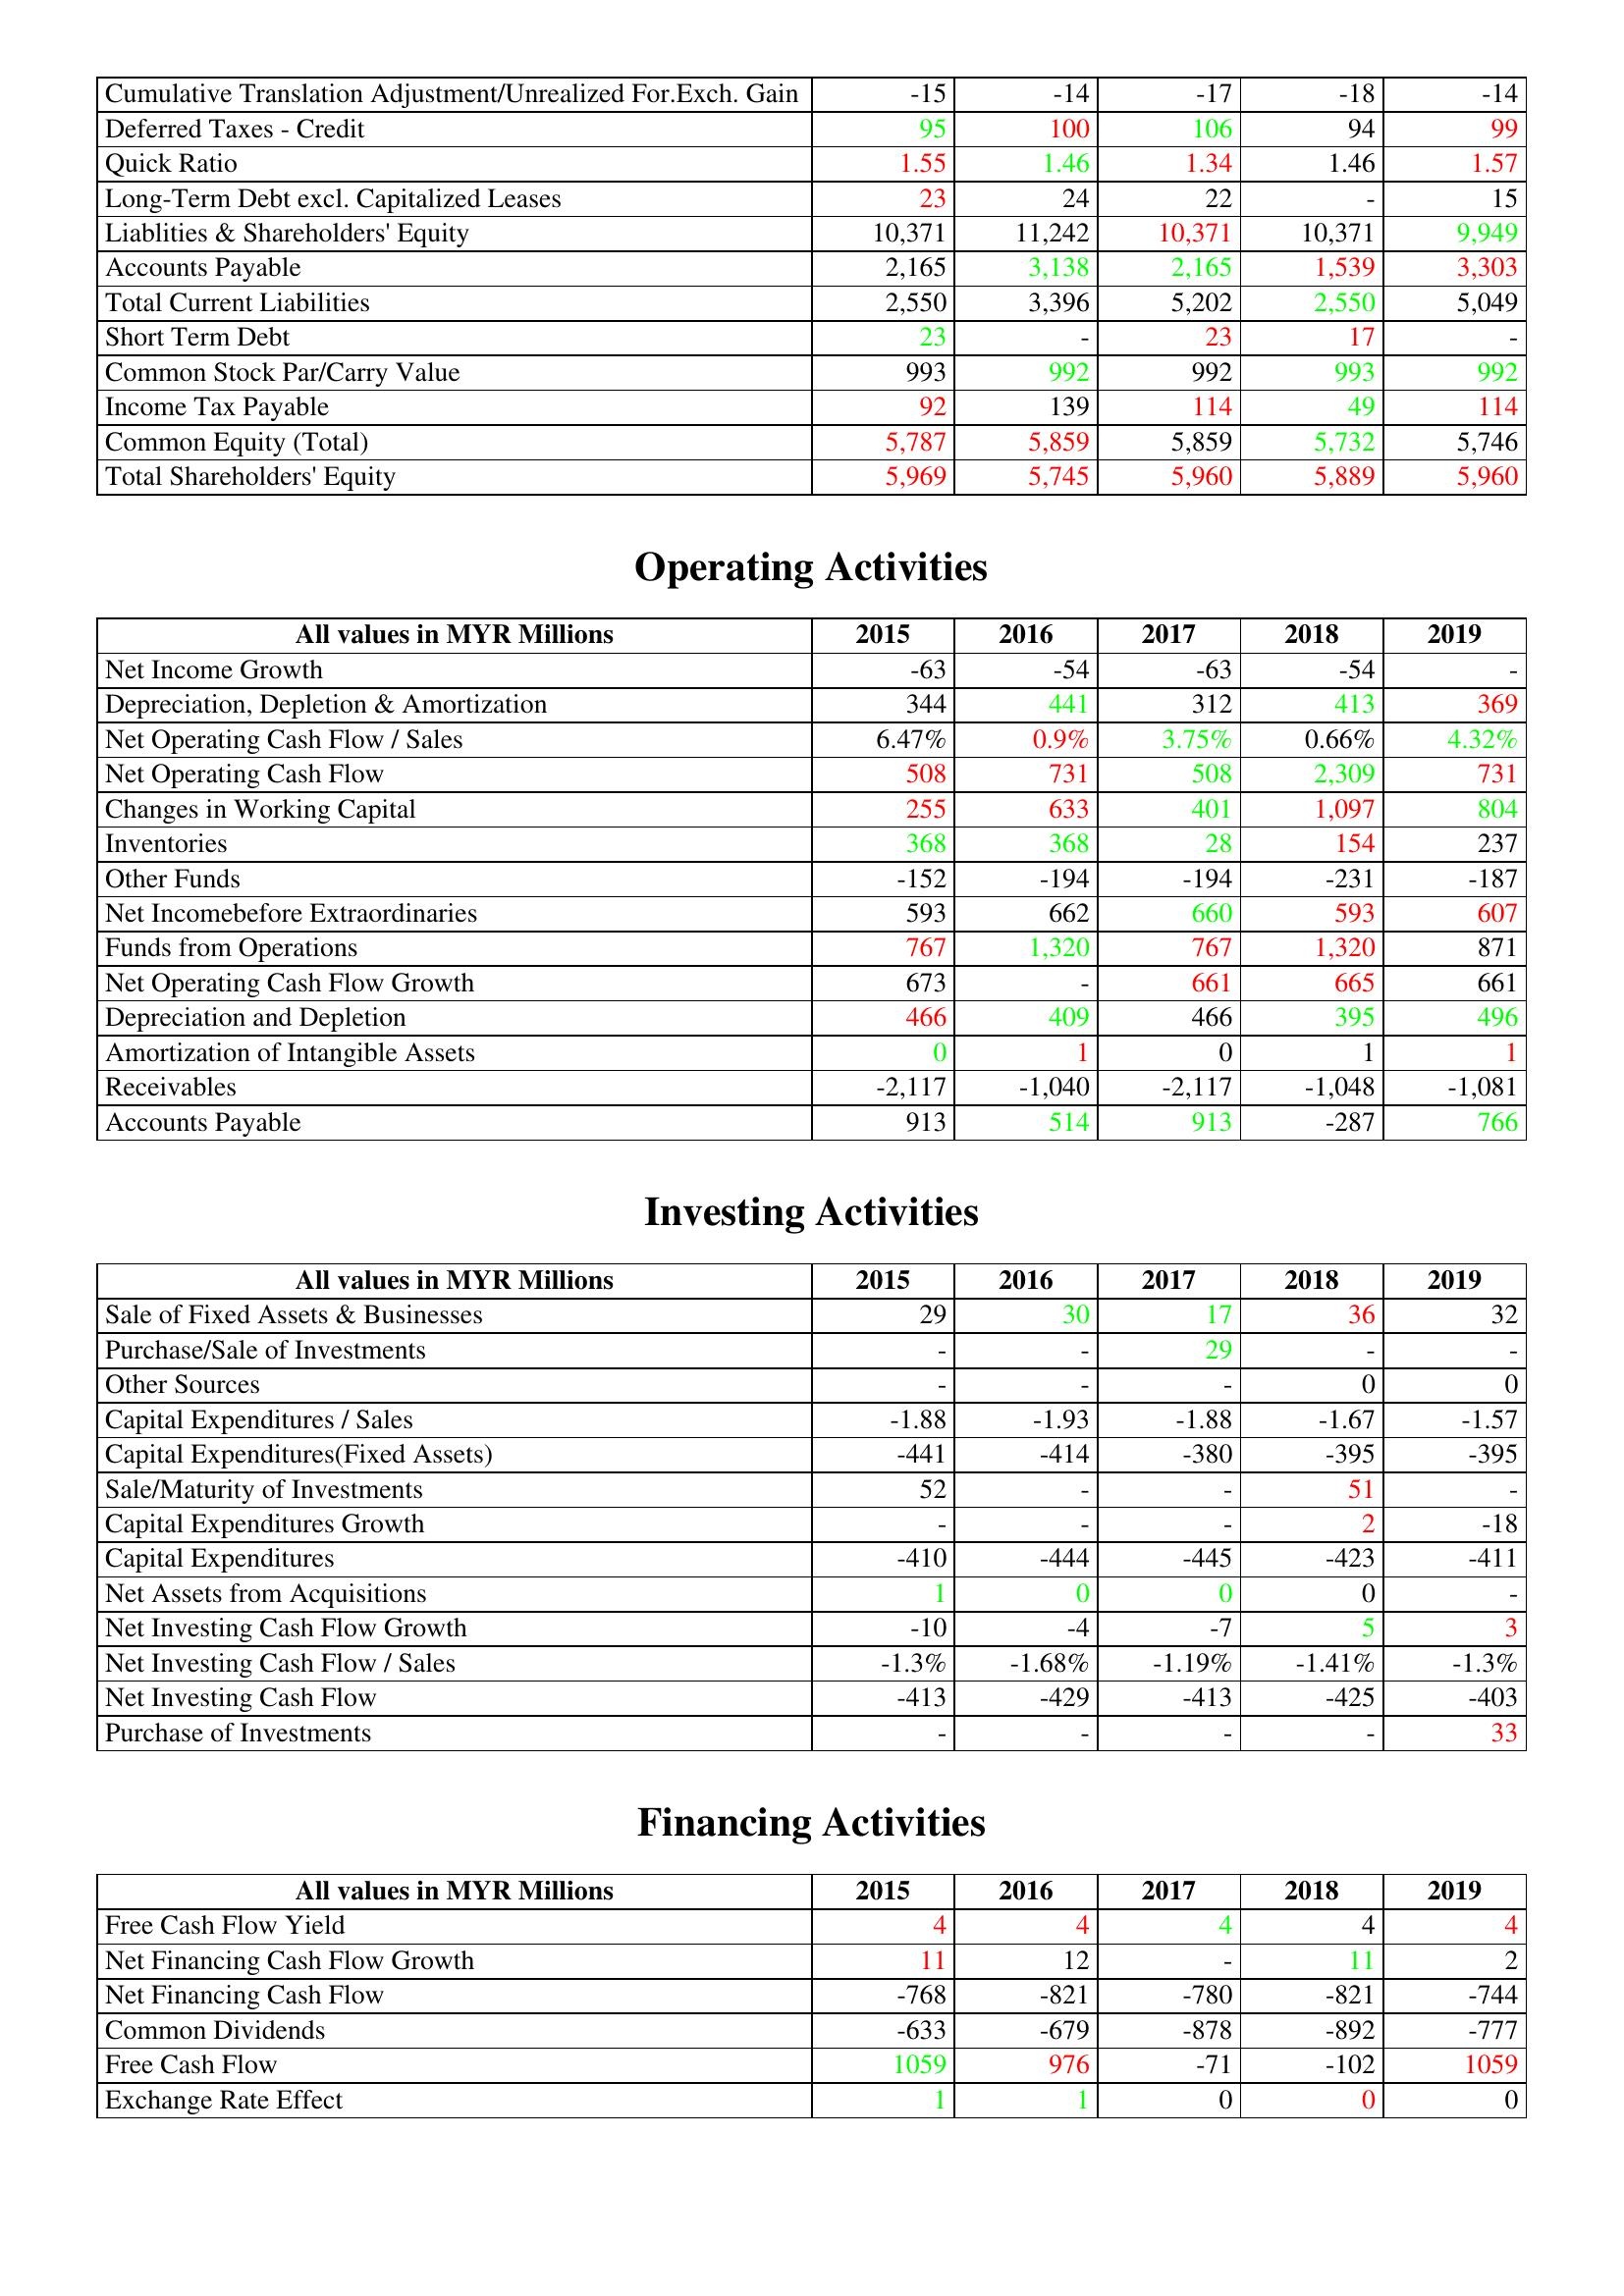
gt_parse: 2015: Liabilities & Shareholder's Equity: Cumulative Translation Adjustment/Unrealized For.Exch. Gain: -15
Deferred Taxes - Credit: 95
Quick Ratio: 1.55
Long-Term Debt excl. Capitalized Leases: 23
Liablities & Shareholders' Equity: 10,371
Accounts Payable: 2,165
Total Current Liabilities: 2,550
Short Term Debt: 23
Common Stock Par/Carry Value: 993
Income Tax Payable: 92
Common Equity (Total): 5,787
Total Shareholders' Equity: 5,969
Operating Activities: Net Income Growth: -63
Depreciation, Depletion & Amortization: 344
Net Operating Cash Flow / Sales: 6.47%
Net Operating Cash Flow: 508
Changes in Working Capital: 255
Inventories: 368
Other Funds: -152
Net Incomebefore Extraordinaries: 593
Funds from Operations: 767
Net Operating Cash Flow Growth: 673
Depreciation and Depletion: 466
Amortization of Intangible Assets: 0
Receivables: -2,117
Accounts Payable: 913
Investing Activities: Sale of Fixed Assets & Businesses: 29
Purchase/Sale of Investments: -
Other Sources: -
Capital Expenditures / Sales: -1.88
Capital Expenditures(Fixed Assets): -441
Sale/Maturity of Investments: 52
Capital Expenditures Growth: -
Capital Expenditures: -410
Net Assets from Acquisitions: 1
Net Investing Cash Flow Growth: -10
Net Investing Cash Flow / Sales: -1.3%
Net Investing Cash Flow: -413
Purchase of Investments: -
Financing Activities: Free Cash Flow Yield: 4
Net Financing Cash Flow Growth: 11
Net Financing Cash Flow: -768
Common Dividends: -633
Free Cash Flow: 1059
Exchange Rate Effect: 1
2016: Liabilities & Shareholder's Equity: Cumulative Translation Adjustment/Unrealized For.Exch. Gain: -14
Deferred Taxes - Credit: 100
Quick Ratio: 1.46
Long-Term Debt excl. Capitalized Leases: 24
Liablities & Shareholders' Equity: 11,242
Accounts Payable: 3,138
Total Current Liabilities: 3,396
Short Term Debt: -
Common Stock Par/Carry Value: 992
Income Tax Payable: 139
Common Equity (Total): 5,859
Total Shareholders' Equity: 5,745
Operating Activities: Net Income Growth: -54
Depreciation, Depletion & Amortization: 441
Net Operating Cash Flow / Sales: 0.9%
Net Operating Cash Flow: 731
Changes in Working Capital: 633
Inventories: 368
Other Funds: -194
Net Incomebefore Extraordinaries: 662
Funds from Operations: 1,320
Net Operating Cash Flow Growth: -
Depreciation and Depletion: 409
Amortization of Intangible Assets: 1
Receivables: -1,040
Accounts Payable: 514
Investing Activities: Sale of Fixed Assets & Businesses: 30
Purchase/Sale of Investments: -
Other Sources: -
Capital Expenditures / Sales: -1.93
Capital Expenditures(Fixed Assets): -414
Sale/Maturity of Investments: -
Capital Expenditures Growth: -
Capital Expenditures: -444
Net Assets from Acquisitions: 0
Net Investing Cash Flow Growth: -4
Net Investing Cash Flow / Sales: -1.68%
Net Investing Cash Flow: -429
Purchase of Investments: -
Financing Activities: Free Cash Flow Yield: 4
Net Financing Cash Flow Growth: 12
Net Financing Cash Flow: -821
Common Dividends: -679
Free Cash Flow: 976
Exchange Rate Effect: 1
2017: Liabilities & Shareholder's Equity: Cumulative Translation Adjustment/Unrealized For.Exch. Gain: -17
Deferred Taxes - Credit: 106
Quick Ratio: 1.34
Long-Term Debt excl. Capitalized Leases: 22
Liablities & Shareholders' Equity: 10,371
Accounts Payable: 2,165
Total Current Liabilities: 5,202
Short Term Debt: 23
Common Stock Par/Carry Value: 992
Income Tax Payable: 114
Common Equity (Total): 5,859
Total Shareholders' Equity: 5,960
Operating Activities: Net Income Growth: -63
Depreciation, Depletion & Amortization: 312
Net Operating Cash Flow / Sales: 3.75%
Net Operating Cash Flow: 508
Changes in Working Capital: 401
Inventories: 28
Other Funds: -194
Net Incomebefore Extraordinaries: 660
Funds from Operations: 767
Net Operating Cash Flow Growth: 661
Depreciation and Depletion: 466
Amortization of Intangible Assets: 0
Receivables: -2,117
Accounts Payable: 913
Investing Activities: Sale of Fixed Assets & Businesses: 17
Purchase/Sale of Investments: 29
Other Sources: -
Capital Expenditures / Sales: -1.88
Capital Expenditures(Fixed Assets): -380
Sale/Maturity of Investments: -
Capital Expenditures Growth: -
Capital Expenditures: -445
Net Assets from Acquisitions: 0
Net Investing Cash Flow Growth: -7
Net Investing Cash Flow / Sales: -1.19%
Net Investing Cash Flow: -413
Purchase of Investments: -
Financing Activities: Free Cash Flow Yield: 4
Net Financing Cash Flow Growth: -
Net Financing Cash Flow: -780
Common Dividends: -878
Free Cash Flow: -71
Exchange Rate Effect: 0
2018: Liabilities & Shareholder's Equity: Cumulative Translation Adjustment/Unrealized For.Exch. Gain: -18
Deferred Taxes - Credit: 94
Quick Ratio: 1.46
Long-Term Debt excl. Capitalized Leases: -
Liablities & Shareholders' Equity: 10,371
Accounts Payable: 1,539
Total Current Liabilities: 2,550
Short Term Debt: 17
Common Stock Par/Carry Value: 993
Income Tax Payable: 49
Common Equity (Total): 5,732
Total Shareholders' Equity: 5,889
Operating Activities: Net Income Growth: -54
Depreciation, Depletion & Amortization: 413
Net Operating Cash Flow / Sales: 0.66%
Net Operating Cash Flow: 2,309
Changes in Working Capital: 1,097
Inventories: 154
Other Funds: -231
Net Incomebefore Extraordinaries: 593
Funds from Operations: 1,320
Net Operating Cash Flow Growth: 665
Depreciation and Depletion: 395
Amortization of Intangible Assets: 1
Receivables: -1,048
Accounts Payable: -287
Investing Activities: Sale of Fixed Assets & Businesses: 36
Purchase/Sale of Investments: -
Other Sources: 0
Capital Expenditures / Sales: -1.67
Capital Expenditures(Fixed Assets): -395
Sale/Maturity of Investments: 51
Capital Expenditures Growth: 2
Capital Expenditures: -423
Net Assets from Acquisitions: 0
Net Investing Cash Flow Growth: 5
Net Investing Cash Flow / Sales: -1.41%
Net Investing Cash Flow: -425
Purchase of Investments: -
Financing Activities: Free Cash Flow Yield: 4
Net Financing Cash Flow Growth: 11
Net Financing Cash Flow: -821
Common Dividends: -892
Free Cash Flow: -102
Exchange Rate Effect: 0
2019: Liabilities & Shareholder's Equity: Cumulative Translation Adjustment/Unrealized For.Exch. Gain: -14
Deferred Taxes - Credit: 99
Quick Ratio: 1.57
Long-Term Debt excl. Capitalized Leases: 15
Liablities & Shareholders' Equity: 9,949
Accounts Payable: 3,303
Total Current Liabilities: 5,049
Short Term Debt: -
Common Stock Par/Carry Value: 992
Income Tax Payable: 114
Common Equity (Total): 5,746
Total Shareholders' Equity: 5,960
Operating Activities: Net Income Growth: -
Depreciation, Depletion & Amortization: 369
Net Operating Cash Flow / Sales: 4.32%
Net Operating Cash Flow: 731
Changes in Working Capital: 804
Inventories: 237
Other Funds: -187
Net Incomebefore Extraordinaries: 607
Funds from Operations: 871
Net Operating Cash Flow Growth: 661
Depreciation and Depletion: 496
Amortization of Intangible Assets: 1
Receivables: -1,081
Accounts Payable: 766
Investing Activities: Sale of Fixed Assets & Businesses: 32
Purchase/Sale of Investments: -
Other Sources: 0
Capital Expenditures / Sales: -1.57
Capital Expenditures(Fixed Assets): -395
Sale/Maturity of Investments: -
Capital Expenditures Growth: -18
Capital Expenditures: -411
Net Assets from Acquisitions: -
Net Investing Cash Flow Growth: 3
Net Investing Cash Flow / Sales: -1.3%
Net Investing Cash Flow: -403
Purchase of Investments: 33
Financing Activities: Free Cash Flow Yield: 4
Net Financing Cash Flow Growth: 2
Net Financing Cash Flow: -744
Common Dividends: -777
Free Cash Flow: 1059
Exchange Rate Effect: 0